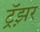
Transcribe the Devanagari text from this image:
ट्रॅझ़र